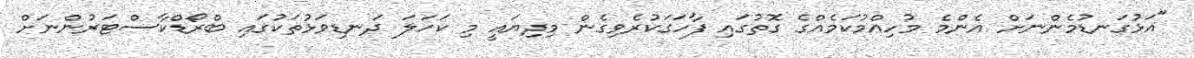
"އަޅުގަނޑުމެންނަށް އެންމެ މުހިއްމުކަމެއްގެ ގޮތުގައި ފާހަގަކުރެވިގެން މިދިޔައީ މި ކަހަލަ ދަނޑިވަޅުތަކުގައި ބްރޯޑްކާސްޓަރުންނަށް